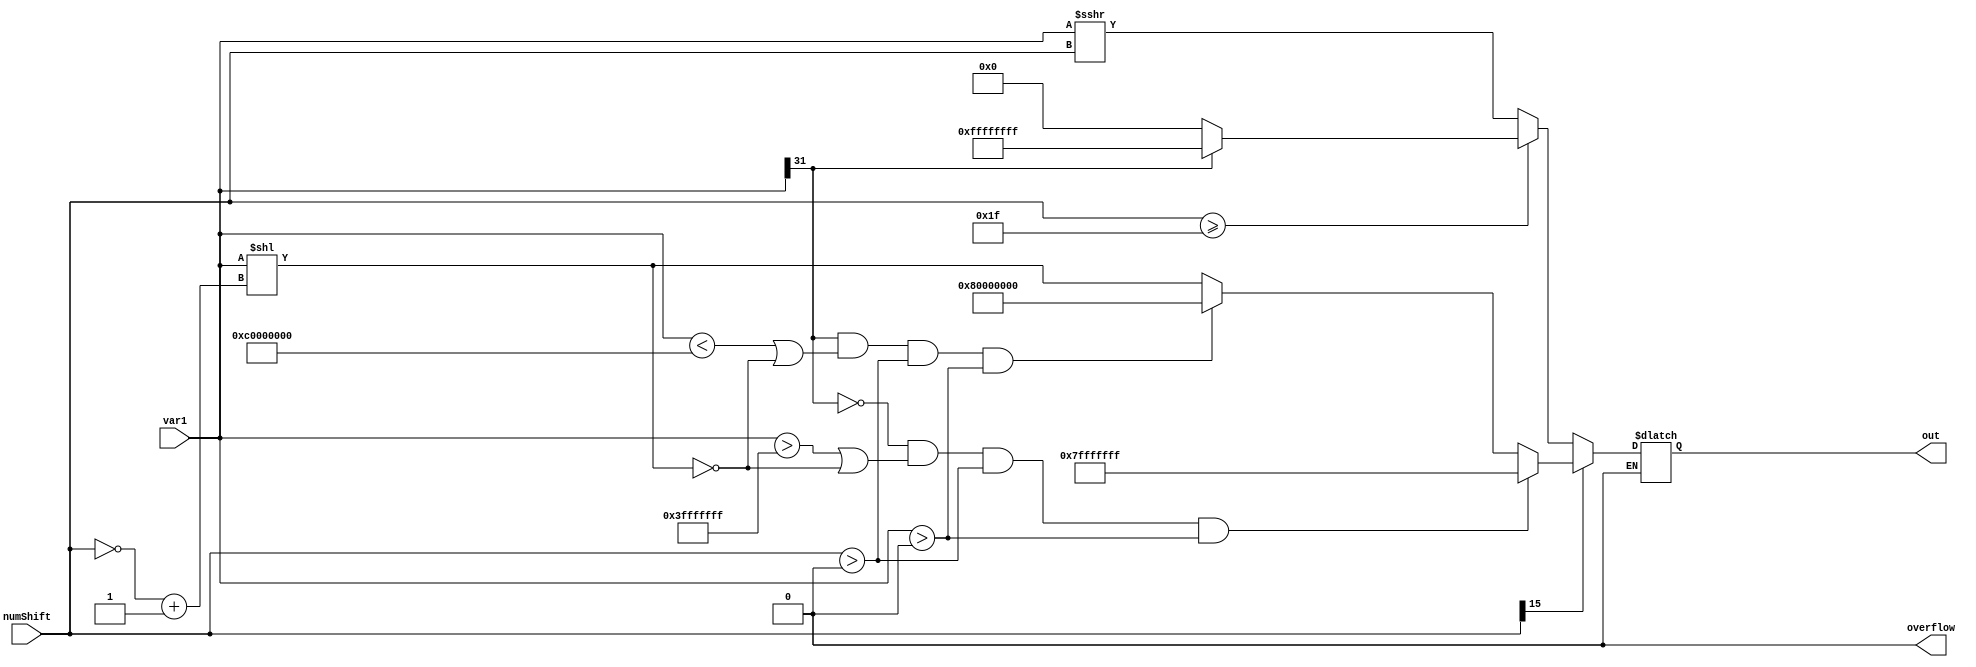
module L_shr(var1,numShift,overflow,out);

//Inputs
input signed [15:0] numShift;
input signed [31:0] var1;

//Outputs
output reg signed [31:0] out;
output reg overflow;

//Internal wires
wire [15:0] negNumShift;
wire [31:0] L_shlOut;

//Max and min parameters
parameter OUTPUT_MAX = 32'h7fff_ffff;
parameter OUTPUT_MIN = 32'h8000_0000;
parameter INPUT_MAX = 32'h3fff_ffff;
parameter INPUT_MIN = 32'hc000_0000;

assign negNumShift = (~numShift) + 16'd1;
assign L_shlOut = var1 << negNumShift;

always @(*) 
begin
	overflow = 0;
	
	if(numShift[15] == 1) 
	begin //if1
		if((var1[31] == 0) && (var1 > INPUT_MAX || L_shlOut == 0) && (numShift>0)&& (var1>0))
			out = OUTPUT_MAX;
		else if((var1[31] == 1) && (var1 < INPUT_MIN || L_shlOut == 0)&&(numShift>0)&& (var1>0)) 
			out = OUTPUT_MIN;
		else
			out = L_shlOut;
	end//if1	
	
	else //else1
	begin
		if(numShift >= 31) 
		begin//if2
			if(var1[31] == 1)
				out = -1;
			else if(var1[31] == 0)
				out = 0;
		end//if2
			
		else
			out = var1 >>> numShift;
	end//else1


end //always


endmodule